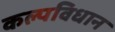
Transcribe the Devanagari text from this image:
कल्पविधान